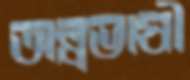
অল্পভাষী